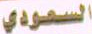
السعودي